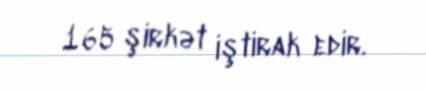
165 şirkət iştirak edir.